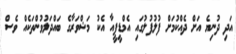
އަދި ދުނިޔެ އަށް ދެއްކުމަށް ފުލުފުލުގައި އެމްޑީޕީއާ އެކު މަޝްވަރާގެ ބައްދަަލުވުންތަކެއް ވެސް